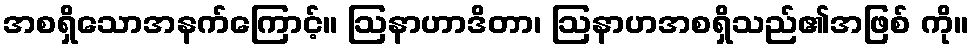
အစရှိသောအနက်ကြောင့်။ ဩနာဟာဒိတာ၊ ဩနာဟအစရှိသည်၏အဖြစ် ကို။